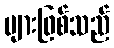
များဖြစ်သည်